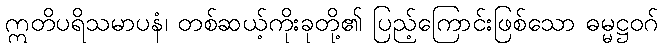
ဣတိပရိသမာပနံ၊ တစ်ဆယ့်ကိုးခုတို့၏ ပြည့်ကြောင်းဖြစ်သော ဓမ္မဋ္ဌဝဂ်